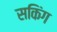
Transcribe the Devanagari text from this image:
सकिंग